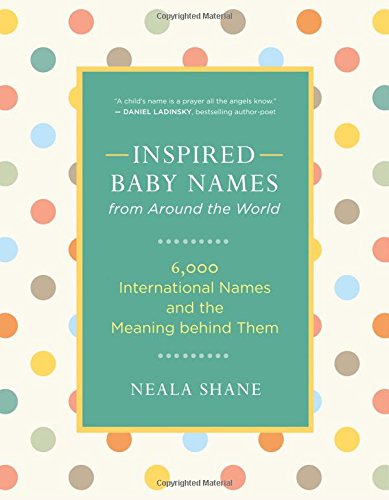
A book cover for Inspired Baby Names from Around the World: 6,000 International Names and the Meaning Behind Them; Neala Shane; Politics & Social Sciences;